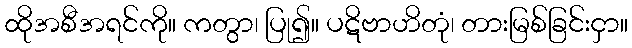
ထိုအစီအရင်ကို။ ကတွာ၊ ပြု၍။ ပဋိဗာဟိတုံ၊ တားမြစ်ခြင်းငှာ။